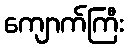
ကျောက်ကြီး